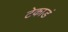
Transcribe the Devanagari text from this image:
टेकाडं